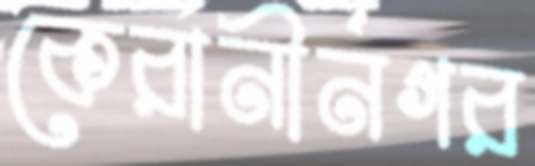
কেরানীনগর